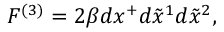
F ^ { ( 3 ) } = 2 \beta d x ^ { + } d \tilde { x } ^ { 1 } d \tilde { x } ^ { 2 } ,